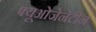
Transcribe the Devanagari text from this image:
फ्यूओजेनेटीन